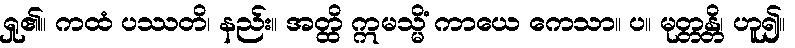
ရှု၏။ ကထံ ပဿတိ၊ နည်း။ အတ္ထိ ဣမသ္မိံ ကာယေ ကေသာ။ ပ။ မုတ္တန္တိ၊ ဟူ၍။